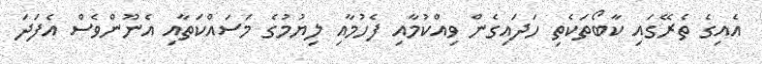
އެއިގެ ތެރޭގައި ކާބޯތަކެތި ހަދައިގެން ވިއްކުމާއި ފެހުމާއި ލިޔުމުގެ މަސައްކަތާއި އެނޫންވެސް އެފަދަ